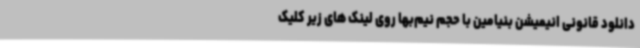
دانلود قانونی انیمیشن بنیامین با حجم نیم‌بها روی لینک‌ های زیر کلیک